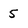
Character: 5